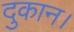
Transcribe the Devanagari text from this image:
दुकान।